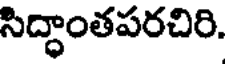
సిద్ధాంతపరచిరి.